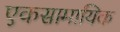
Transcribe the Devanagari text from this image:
एकसामायिक